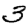
Digit: 3